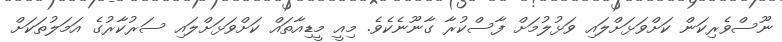
ނޫސްވެރިކަން ކަށްވަޅަށްލައި ވަޅުލުމަށް ފާސްކުރާ ގާނޫނެކެވެ. މިއީ މީޑިއާތައް ކަށްވަޅަށްލައި ސަރުކާރުގެ އަމަލުތަކަށް